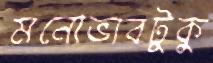
মনোভাবটুকু